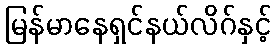
မြန်မာနေရှင်နယ်လိဂ်နှင့်